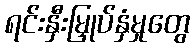
ရင်းနှီးမြှုပ်နှံမှုတွေ